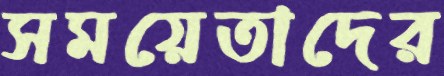
সময়েতাদের